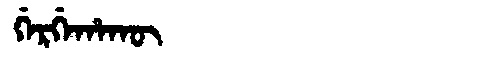
Manchu: ᡤᡝᡵᡤᡝᡥᠠᡴᡡ
Romanization: GERGEHAKŪ